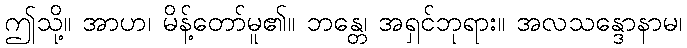
ဤသို့။ အာဟ၊ မိန့်တော်မူ၏။ ဘန္တေ၊ အရှင်ဘုရား။ အလသန္ဒောနာမ၊